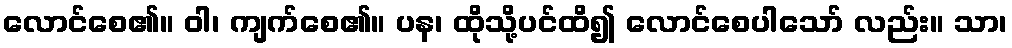
လောင်စေ၏။ ဝါ၊ ကျက်စေ၏။ ပန၊ ထိုသို့ပင်ထိ၍ လောင်စေပါသော် လည်း။ သာ၊